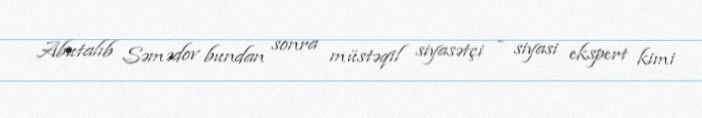
Abutalıb Səmədov bundan sonra müstəqil siyasətçi - siyasi ekspert kimi